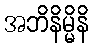
အဘိနိမ္မိနိ